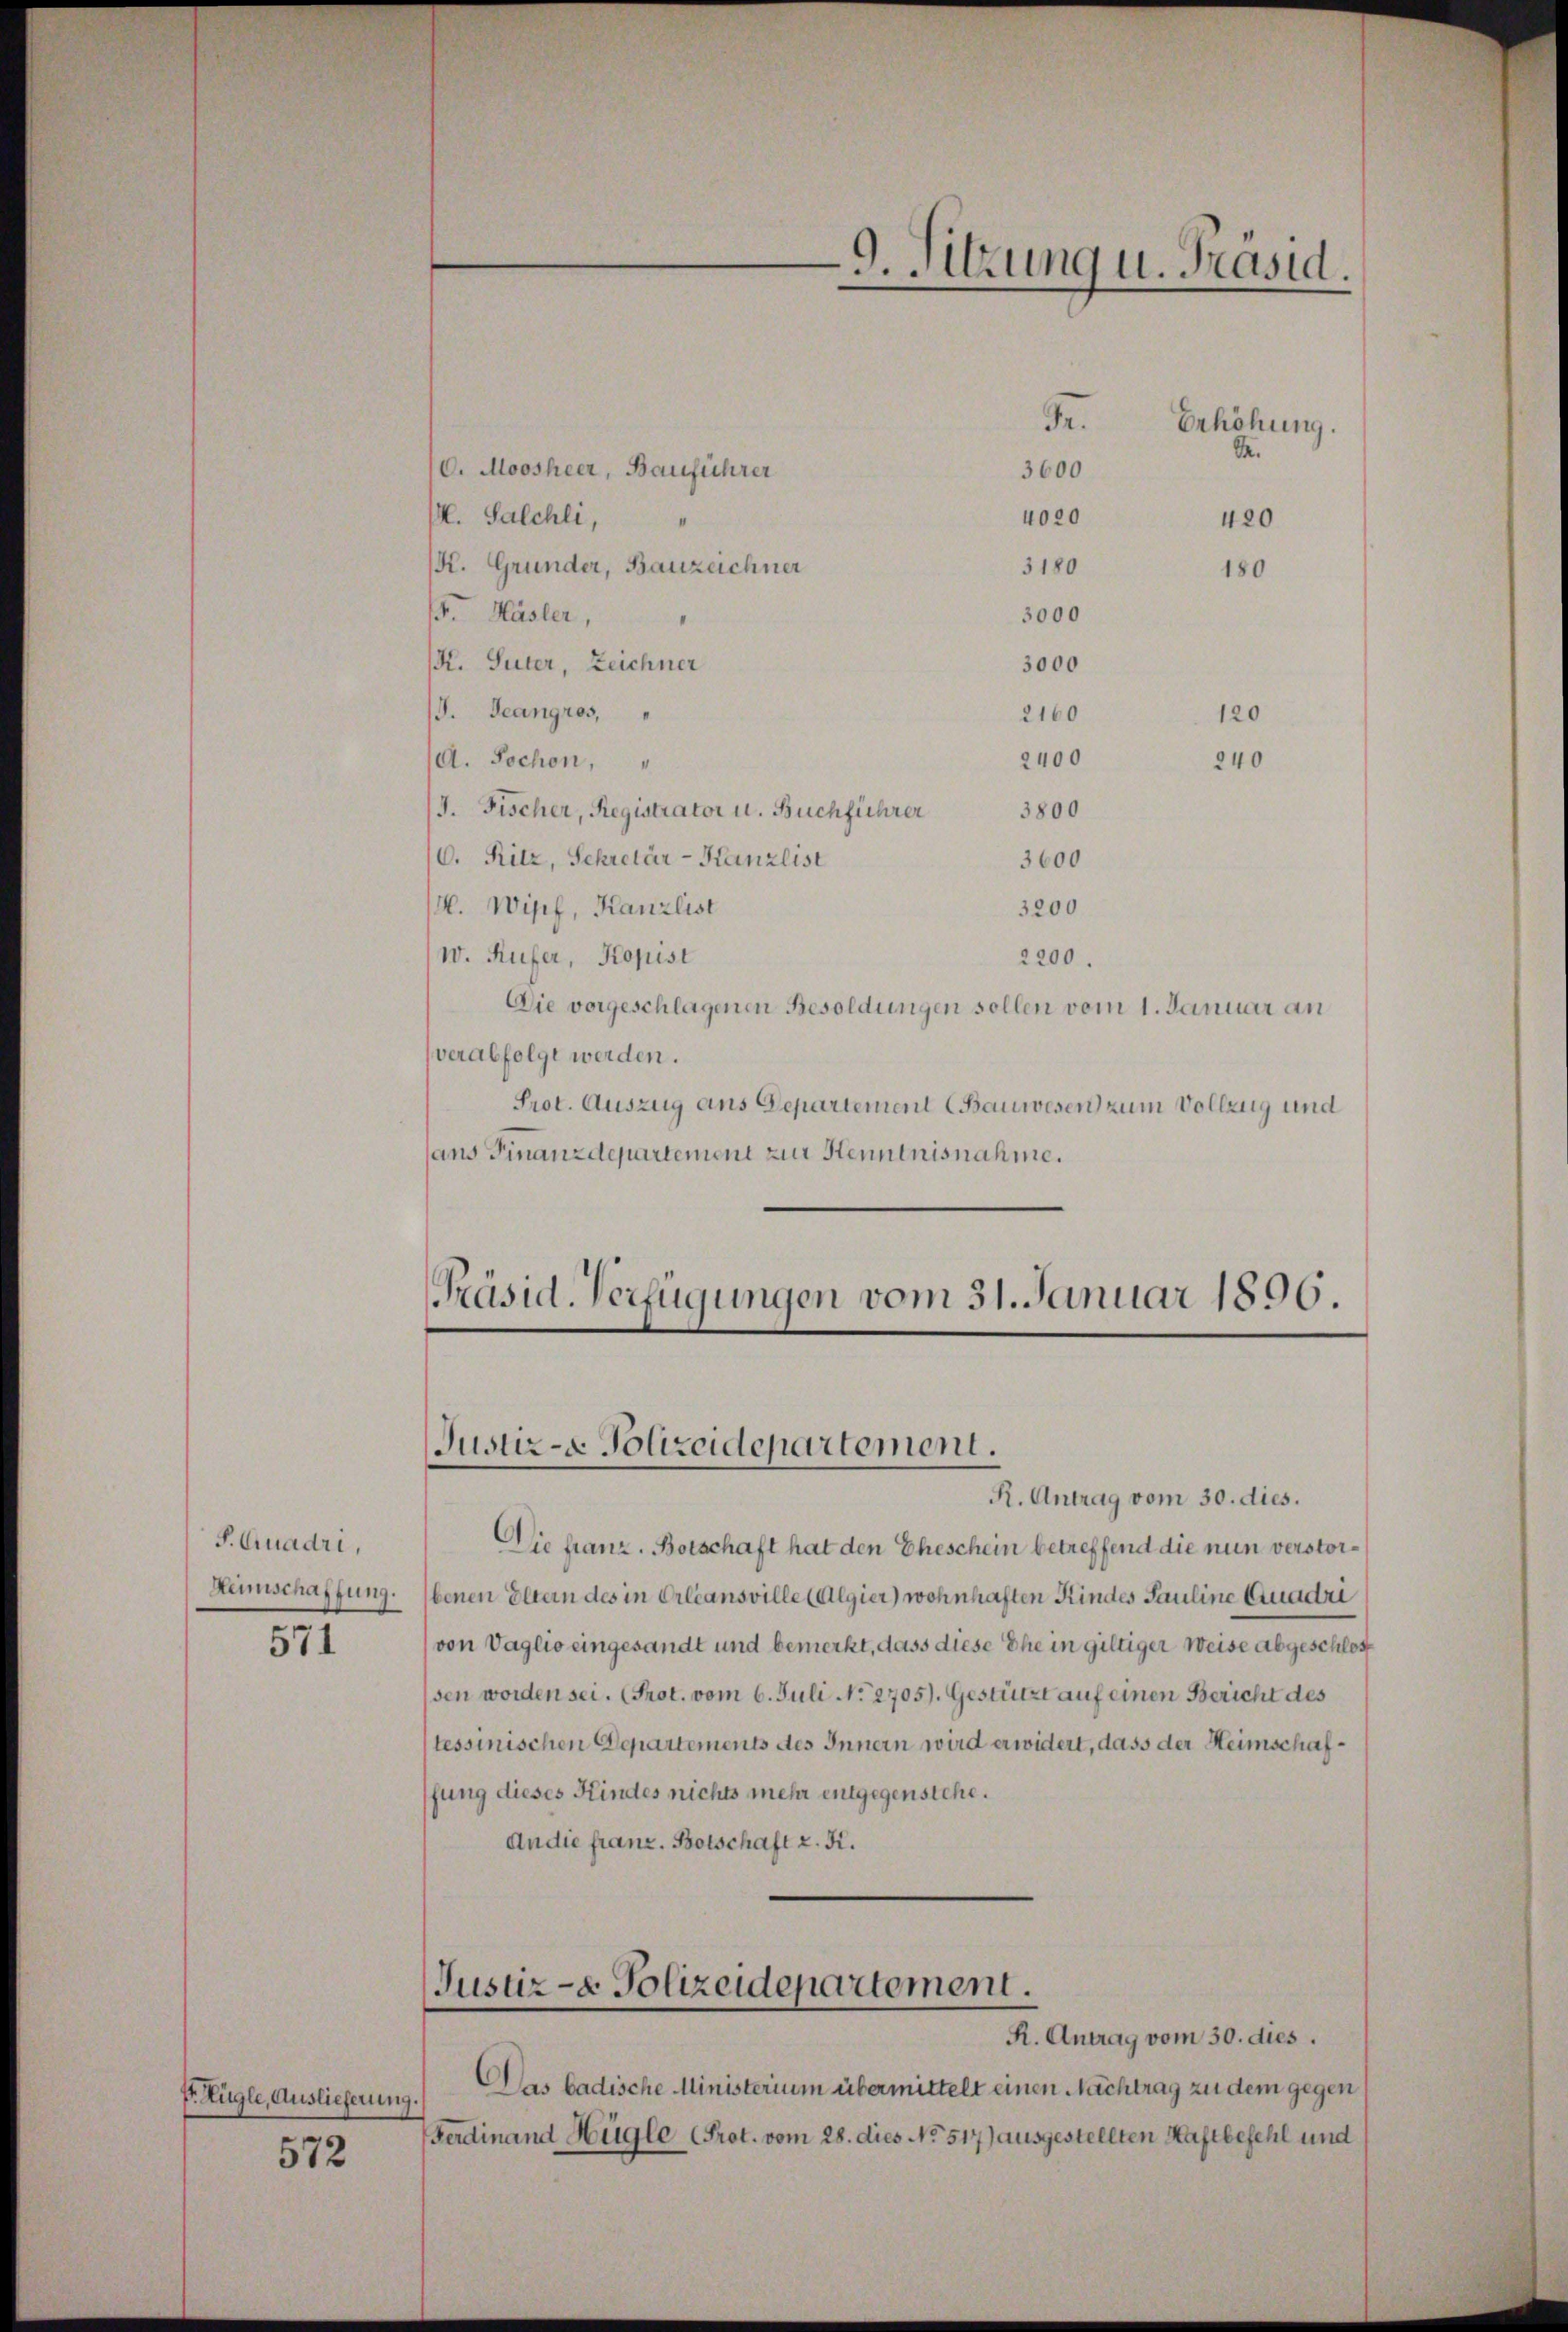
S. Quadri,
Heimschaffung.
571

E. Kugle, Auslieferung

572

/6. Moosheer, Bauführer
. Salchli,
K. Grunder, Bauzeichner
. Hasler,
K. Suter, Zeichner
J. Teangros,
d. Tochon,
/J. Fischer, Registrator u. Buchführer
3800
16. Ritz, Sekretär-Kanzlist
3600
4. Wipf, Kanzlist
3200
W. Rufer, Kopist
2200.
Die vorgeschlagenen Besoldungen sollen vom 1. Januar an
verabfolge werden.
Prot. Auszug ans Departement (Bauwesen zum Vollzug und
ans Finanzdepartement zur Kenntnisnahme.

3000
3000
2160
2400

3600
4020
3180

Se.

Gr. Erhöhung.

420
180

120
240

Präsid. Verfügungen vom 31. Januar 1896.

Justiz- & Polizeidepartement.

R. Antrag vom 30. dies.
Die franz. Botschaft hat den Eheschein betreffend die nun verstorbenen Eltern des in Erleansville (Algier) wohnhaften Kindes Pauline Quadri
von Vaglio eingesandt und bemerkt, dass diese Ehe in giltiger Weise abgeschlossen worden sei. (Prot. vom 6. Juli No 2705). Gestützt auf einen Bericht des
tessinischen Departements des Innern wird erwidert, dass der Heimschaffung dieses Kindes nichts mehr entgegenstehe.
An die franz. Botschaft z. K.

Das badische Ministerium übermittelt einen Nachtrag zu dem gegen
7
Ferdinand Hügle (Prot. vom 28. dies No. 517) ausgestellten Haftbefehl und

9. Sitzung u. Präsid.

Justiz- & Polizeidepartement.
R. Antrag vom 30. dies.